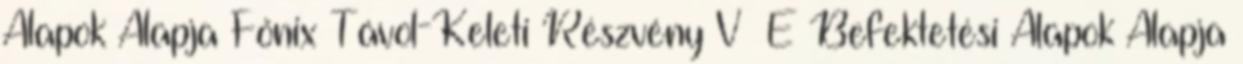
Alapok Alapja Főnix Távol-Keleti Részvény V E Befektetési Alapok Alapja